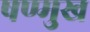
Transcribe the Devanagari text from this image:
षण्मुख